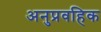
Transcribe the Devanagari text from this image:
अनुप्रवहिक